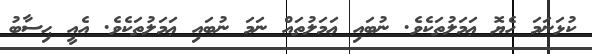
ކުޅަނަމަ ހެޔޮ ޢަމަލުތަކެވެ. ނުބައި ޢަމަލުތައް ނަމަ ނުބައި ޢަމަލުތަކެވެ. އެއީ ޙިސާބު